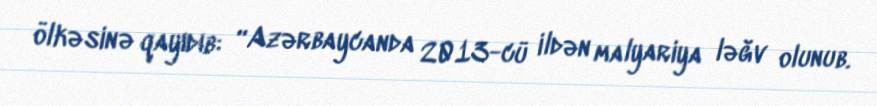
ölkəsinə qayıdıb: “Azərbaycanda 2013-cü ildən malyariya ləğv olunub.